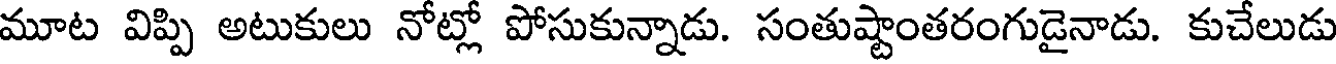
మూట విప్పి అటుకులు నోట్లో పోసుకున్నాడు. సంతుష్టాంతరంగుడైనాడు. కుచేలుడు